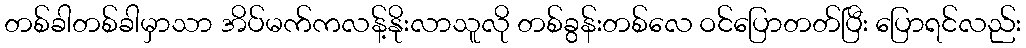
တစ်ခါတစ်ခါမှာသာ အိပ်မက်ကလန့်နိုးလာသူလို တစ်ခွန်းတစ်လေ ဝင်ပြောတတ်ပြီး ပြောရင်လည်း